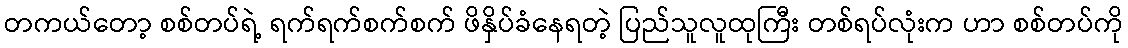
တကယ်တော့ စစ်တပ်ရဲ့ ရက်ရက်စက်စက် ဖိနှိပ်ခံနေရတဲ့ ပြည်သူလူထုကြီး တစ်ရပ်လုံးက ဟာ စစ်တပ်ကို